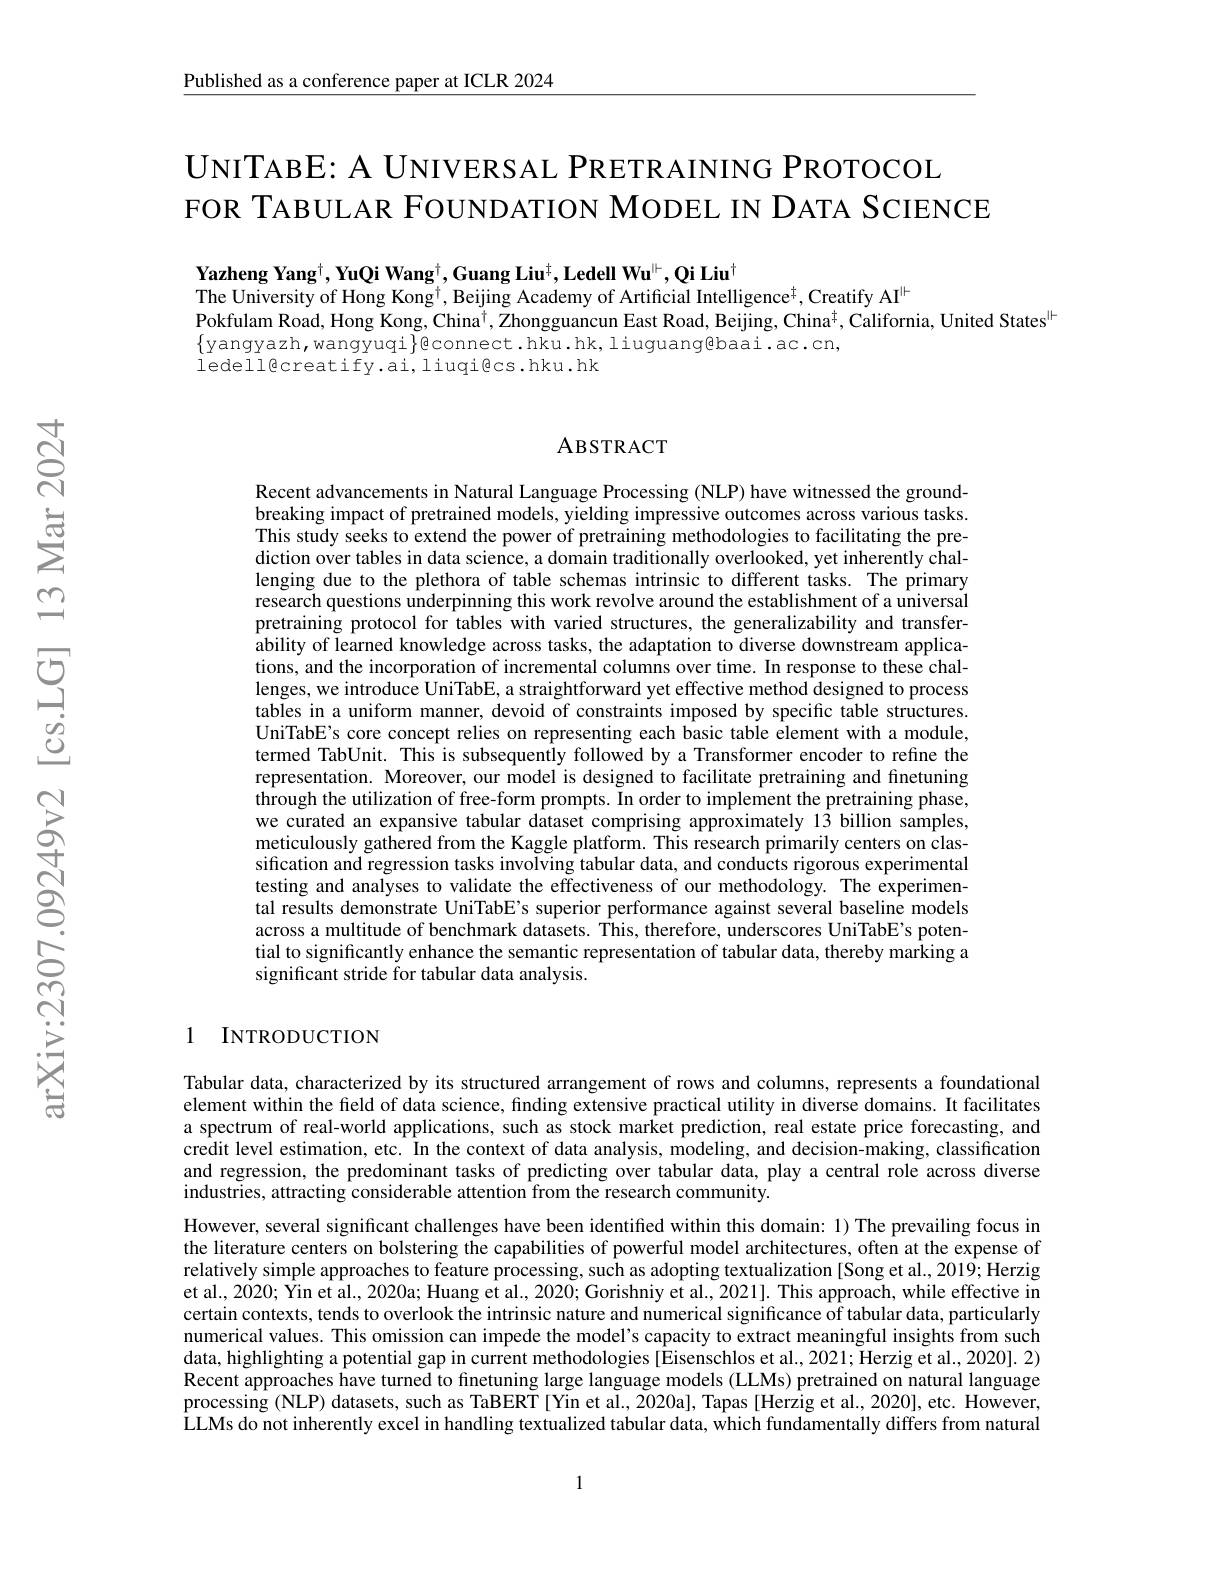
$\underline{\text{Published as a conference paper at ICLR 2024}}$

# UNITABE: A UNIVERSAL PRETRAINING PROTOCOL FOR TABULAR FOUNDATION MODEL IN DATA SCIENCE

Yazheng Yang$^\dagger,\textbf{YuQi Wang}^\dagger,\textbf{Guang Liu}^\dagger,\textbf{Ledell Wu}^\dagger,\textbf{Qi Liu}^\dagger$
The University of Hong Kong$^\dagger$,Beijing Academy of Artificial Intelligence$^\dagger$,Creatify AI$^{|\star}$
Pokfulam Road, Hong Kong, China$^{\dagger}$, Zhongguancun East Road, Beijing, China$^{\dagger}$, California, United States$^{|\mathrm{H}}$
$\{$yangyazh,wangyuqi$\}$@connect.hku.hk,liuguang@baai.ac.cn,
ledellêcreatify.ai,liuqiêcs.hku.hk

### ABSTRACT

Recent advancements in Natural Language Processing (NLP) have witnessed the groundbreaking impact of pretrained models, yielding impressive outcomes across various tasks. This study seeks to extend the power of pretraining methodologies to facilitating the prediction over tables in data science, a domain traditionally overlooked, yet inherently challenging due to the plethora of table schemas intrinsic to different tasks. The primary research questions underpinning this work revolve around the establishment of a universal pretraining protocol for tables with varied structures, the generalizability and transferability of learned knowledge across tasks, the adaptation to diverse downstream applications, and the incorporation of incremental columns over time. In response to these challenges, we introduce UniTabE, a straightforward yet effective method designed to process tables in a uniform manner, devoid of constraints imposed by specific table structures. UniTabE's core concept relies on representing each basic table element with a module, termed TabUnit. This is subsequently followed by a Transformer encoder to refine the representation. Moreover, our model is designed to facilitate pretraining and finetuning through the utilization of free-form prompts. In order to implement the pretraining phase, we curated an expansive tabular dataset comprising approximately 13 billion samples, meticulously gathered from the Kaggle platform. This research primarily centers on classification and regression tasks involving tabular data, and conducts rigorous experimental testing and analyses to validate the effectiveness of our methodology. The experimental results demonstrate UniTabE's superior performance against several baseline models across a multitude of benchmark datasets. This, therefore, underscores UniTabE's potential to significantly enhance the semantic representation of tabular data, thereby marking a significant stride for tabular data analysis.

## 1 INTRODUCTION

Tabular data, characterized by its structured arrangement of rows and columns, represents a foundational element within the field of data science, finding extensive practical utility in diverse domains. It facilitates a spectrum of real-world applications, such as stock market prediction, real estate price forecasting, and credit level estimation, etc. In the context of data analysis, modeling, and decision-making, classification and regression, the predominant tasks of predicting over tabular data, play a central role across diverse industries, attracting considerable attention from the research community.

However, several significant challenges have been identifed within this domain: 1) The prevailing focus in the literature centers on bolstering the capabilities of powerful model architectures, often at the expense of relatively simple approaches to feature processing, such as adopting textualization [Song et al., 2019; Herzig et al., 2020; Yin et al., 2020a; Huang et al., 2020; Gorishniy et al., 2021]. This approach, while effective in certain contexts, tends to overlook the intrinsic nature and numerical significance $\hat{\text{of tabular data, particularly}}$ numerical values. This omission can impede the model's capacity to extract meaningful insights from such data, highlighting a potential gap in current methodologies [Eisenschlos et al., 2021; Herzig et al., 2020]. 2) Recent approaches have turned to finetuning large language models (LLMs) pretrained on natural language processing (NLP) datasets, such as TaBERT [Yin et al., 2020a], Tapas [Herzig et al., 2020], etc. However, ÎLMs do not inherently excel in handling textualized tabular data, which fundamentally differs from natural

1